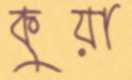
কুয়া